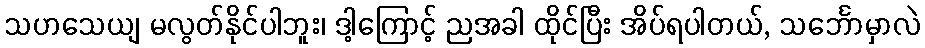
သဟသေယျ မလွတ်နိုင်ပါဘူး၊ ဒါ့ကြောင့် ညအခါ ထိုင်ပြီး အိပ်ရပါတယ်, သင်္ဘောမှာလဲ